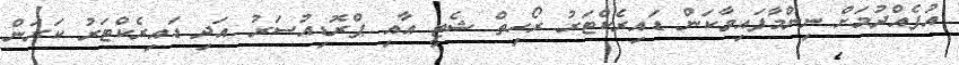
އުފެއްދުމަށް ނިންމާފައިވާކަން ޑައިރެކްޓަރު ރޯހިތް ޝެޓީ އާއި ޕްރޮޑިއުސަރު އަދި ޑައިރެކްޓަރު ކަރަން